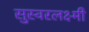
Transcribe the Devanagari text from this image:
सुस्वरलक्ष्मी